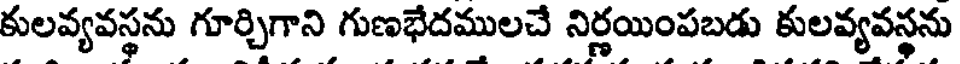
కులవ్యవస్థను గూర్చిగాని గుణభేదములచే నిర్ణయింపబడు కులవ్యవస్థను